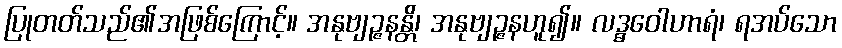
ပြုတတ်သည်၏အဖြစ်ကြောင့်။ အနုဗျဉ္ဇနန္တိ၊ အနုဗျဉ္ဇနဟူ၍။ လဒ္ဓဝေါဟာရံ၊ ရအပ်သော